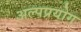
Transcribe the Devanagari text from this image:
अल्पप्रयोग